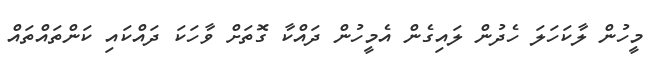
މީހުން ލާކަހަލަ ހެދުން ލައިގެން އެމީހުން ދައްކާ ގޮތަށް ވާހަކަ ދައްކައި ކަންތައްތައް